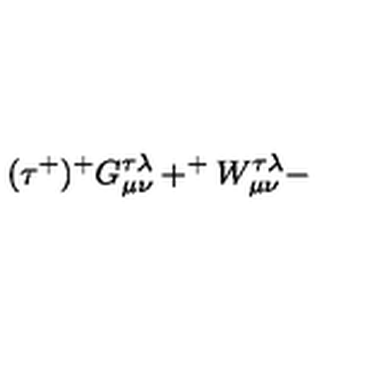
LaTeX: ( \tau ^ { + } ) ^ { + } G _ { \mu \nu } ^ { \tau \lambda } + ^ { + } W _ { \mu \nu } ^ { \tau \lambda } -